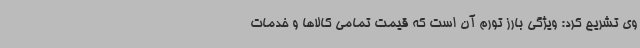
وی تشریح کرد: ویژگی بارز تورم آن است که قیمت تمامی کالاها و خدمات